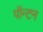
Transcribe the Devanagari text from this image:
पॉन्टन